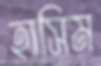
হাসিম